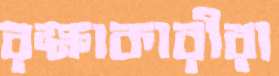
রক্ষাকারীরা